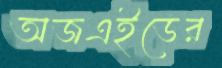
অজএইডের